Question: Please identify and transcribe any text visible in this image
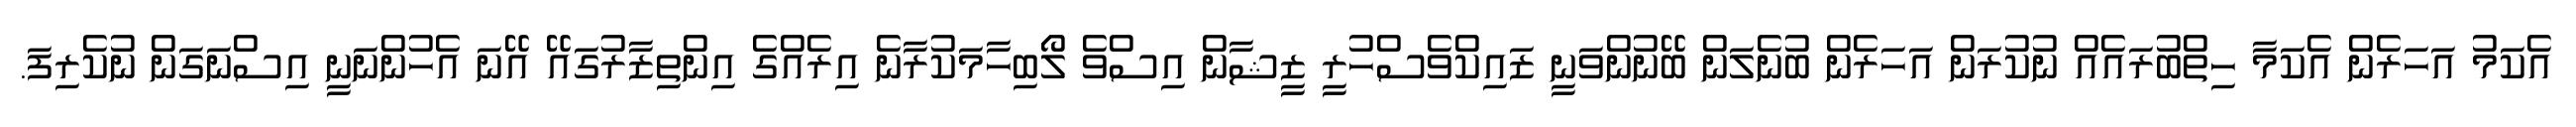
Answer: އެކަމު އަހަރެން އެކަމާ ހިތްބުރައެއް ނުކުރަން އަހަރެން ބުނެލަން ބޭނުންވަނީ ޒައިކްވެސްހުރީ ޒީޝާން އިސްވެ ލޯބިހާމަކުރާނެ އިރެއްގެ އިންތިޒާރުގައޭ އޭނަ އެހުންނަނީ އިސްނަގަން ނުކެރިފަ.